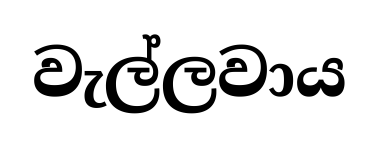
වැල්ලවාය